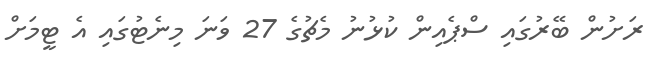
ރަށުން ބޭރުގައި ސްޕެއިން ކުޅުނު މެޗުގެ 27 ވަނަ މިނެޓުގައި އެ ޓީމަށް